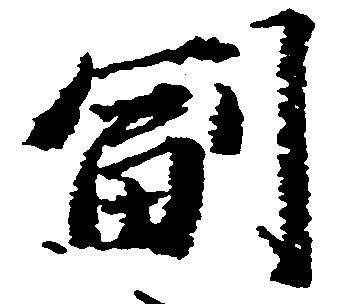
副